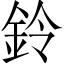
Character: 鈴